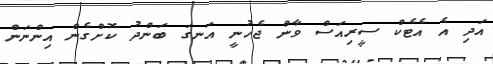
އަދި އެ އެޓެކް ސީރިއަސް ވާން ޖެހުނީ އަނގަ ބަންދު ކޮށްގެން އިންނަން